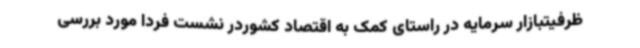
ظرفیتبازار سرمایه در راستای کمک به اقتصاد کشوردر نشست فردا مورد بررسی